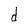
Character: d